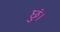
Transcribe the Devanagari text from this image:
छुं।